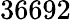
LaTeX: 36692